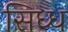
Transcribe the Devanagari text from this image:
सिध्ध